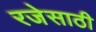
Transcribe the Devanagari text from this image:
रजेसाठी